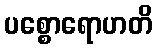
ပစ္စောရောဟတိ